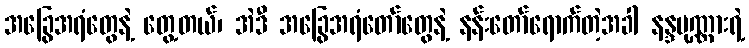
အခြွေအရံတွေနဲ့ တွေ့တယ်၊ အဲဒီ အခြွေအရံတော်တွေနဲ့ နန်းတော်ရောက်တဲ့အခါ နန္ဒပုဏ္ဏားရဲ့